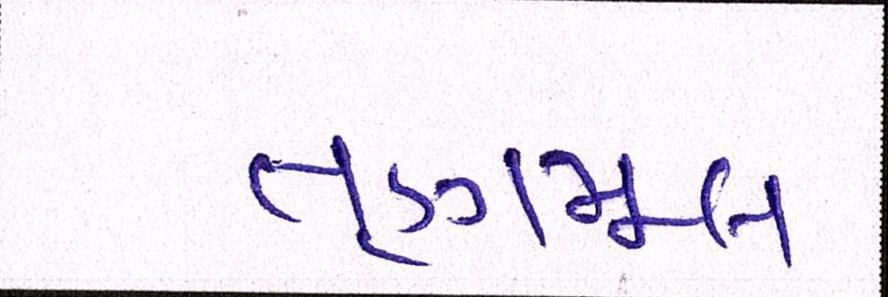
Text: તૃણમૂલ